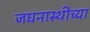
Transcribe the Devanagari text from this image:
जघनास्थीच्या